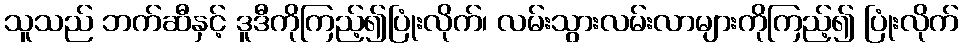
သူသည် ဘက်ဆီနှင့် ဒူဒီကိုကြည့်၍ပြုံးလိုက်၊ လမ်းသွားလမ်းလာများကိုကြည့်၍ ပြုံးလိုက်